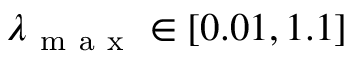
\lambda _ { \mathrm { ~ m ~ a ~ x ~ } } \in [ 0 . 0 1 , 1 . 1 ]